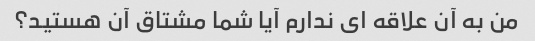
من به آن علاقه ای ندارم آیا شما مشتاق آن هستید؟